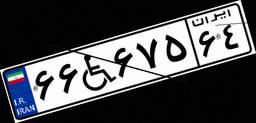
۶۶W۶۷۵۶۴